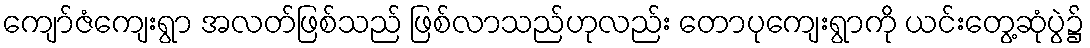
ကျော်ဇံကျေးရွာ အလတ်ဖြစ်သည် ဖြစ်လာသည်ဟုလည်း တောပုကျေးရွာကို ယင်းတွေ့ဆုံပွဲ၌